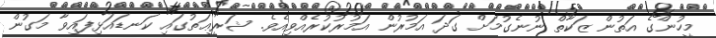
މީހުންގެ އަތުން ޒަކާތް ނުނެގުމަށް ގަދަ އަމުރުން އަމުރުކުރެއްވިއެވެ. ޝަރީޢަތުގައި ކަނޑައަޅިފައިވާ މަގުން